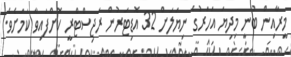
މީރާއިން ބުނީ މިދިޔަ އަހަރުގެ ނިޔަލަށް 32 އޮޑިޓަރުން ރަޖިސްޓްރީ ކޮށްފައިވާ ކަމަށެވެ.